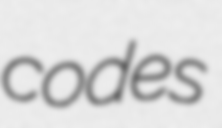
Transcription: codes